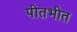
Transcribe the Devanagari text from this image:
पीतभीत